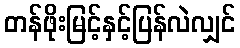
တန်ဖိုးမြင့်နှင့်ပြန်လဲလျှင်